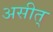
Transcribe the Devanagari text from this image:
असीत्